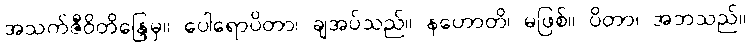
အသက်ဇီဝိတိန္ဒြေမှ။ ပေါရောပိတာ၊ ချအပ်သည်။ နဟောတိ၊ မဖြစ်။ ပိတာ၊ အဘသည်။